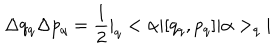
\Delta q _ { q } \Delta p _ { q } = \frac { 1 } { 2 } | _ { q } < \alpha | [ q _ { q } , p _ { q } ] | \alpha > _ { q } |